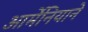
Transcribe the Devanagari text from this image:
आर्मेनियाने